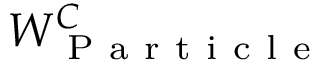
W _ { \mathrm { ~ P ~ a ~ r ~ t ~ i ~ c ~ l ~ e ~ } } ^ { C }